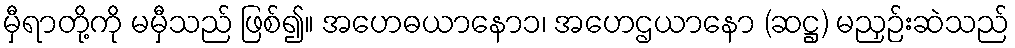
မှီရာတို့ကို မမှီသည် ဖြစ်၍။ အဟေဓယာနော၁၊ အဟေဌယာနော (ဆဋ္ဌ) မညှဉ်းဆဲသည်